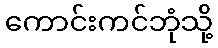
ကောင်းကင်ဘုံသို့